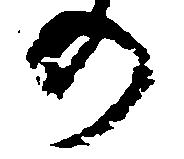
の